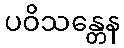
ပဝိသန္တေန